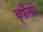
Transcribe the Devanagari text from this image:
ब्फैलो